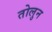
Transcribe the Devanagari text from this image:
तोलुन